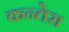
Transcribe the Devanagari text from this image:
कन्तेरा